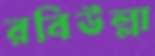
রবিউল্লা